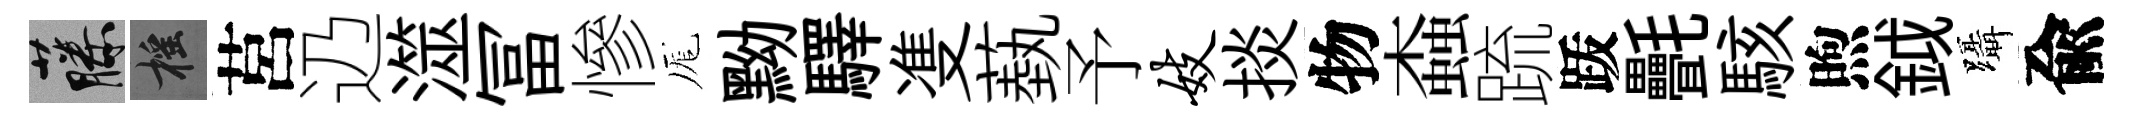
藤摇莒辸澨冨慘厖黝驛㕠蓺予妓掞物螙䟽䟦㲲駭煦鉞躡兪